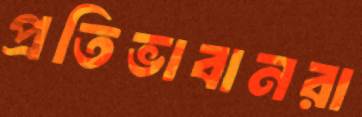
প্রতিভাবানরা